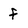
Character: f